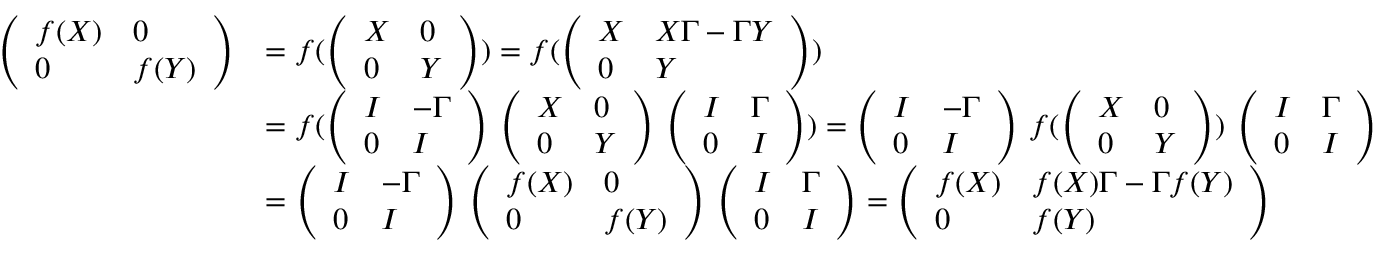
\begin{array} { r l } { \left( \begin{array} { l l } { f ( X ) } & { 0 } \\ { 0 } & { f ( Y ) } \end{array} \right) } & { = f ( \left( \begin{array} { l l } { X } & { 0 } \\ { 0 } & { Y } \end{array} \right) ) = f ( \left( \begin{array} { l l } { X } & { X \Gamma - \Gamma Y } \\ { 0 } & { Y } \end{array} \right) ) } \\ & { = f ( \left( \begin{array} { l l } { I } & { - \Gamma } \\ { 0 } & { I } \end{array} \right) \, \left( \begin{array} { l l } { X } & { 0 } \\ { 0 } & { Y } \end{array} \right) \, \left( \begin{array} { l l } { I } & { \Gamma } \\ { 0 } & { I } \end{array} \right) ) = \left( \begin{array} { l l } { I } & { - \Gamma } \\ { 0 } & { I } \end{array} \right) \, f ( \left( \begin{array} { l l } { X } & { 0 } \\ { 0 } & { Y } \end{array} \right) ) \, \left( \begin{array} { l l } { I } & { \Gamma } \\ { 0 } & { I } \end{array} \right) } \\ & { = \left( \begin{array} { l l } { I } & { - \Gamma } \\ { 0 } & { I } \end{array} \right) \, \left( \begin{array} { l l } { f ( X ) } & { 0 } \\ { 0 } & { f ( Y ) } \end{array} \right) \, \left( \begin{array} { l l } { I } & { \Gamma } \\ { 0 } & { I } \end{array} \right) = \left( \begin{array} { l l } { f ( X ) } & { f ( X ) \Gamma - \Gamma f ( Y ) } \\ { 0 } & { f ( Y ) } \end{array} \right) } \end{array}